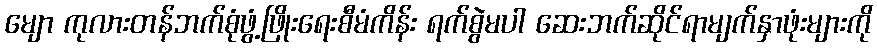
မျော ကုလားတန်ဘက်စုံဖွံ့ဖြိုးရေးစီမံကိန်း ရက်စွဲမပါ ဆေးဘက်ဆိုင်ရာမျက်နှာဖုံးများကို